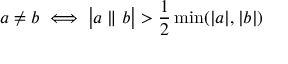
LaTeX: a \neq b \iff { \big | } a \parallel b { \big | } > { \frac { 1 } { 2 } } \operatorname* { m i n } ( | a | , | b | )